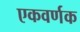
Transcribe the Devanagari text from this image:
एकवर्णक